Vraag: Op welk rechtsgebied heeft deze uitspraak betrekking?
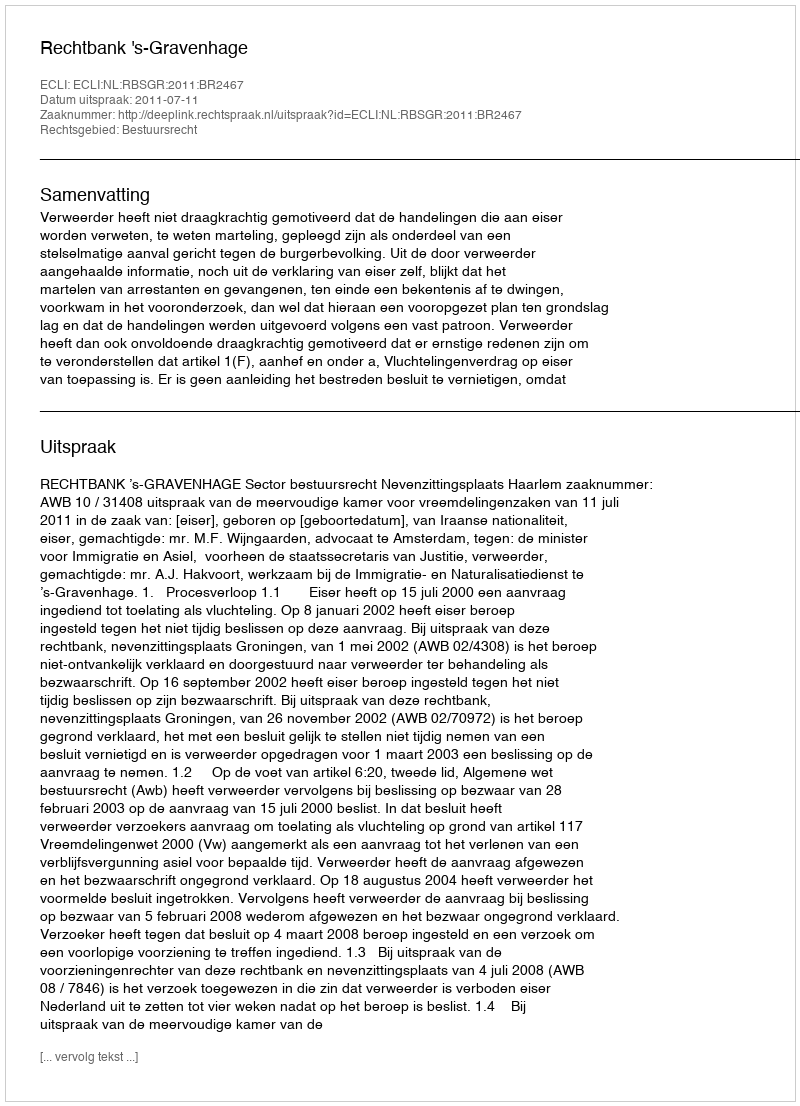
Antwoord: Bestuursrecht